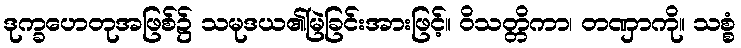
ဒုက္ခဟေတုအဖြစ်၌ သမုဒယ၏မြဲခြင်းအားဖြင့်။ ဝိသတ္တိကာ၊ တဏှာကို။ သစ္စံ